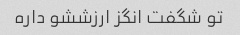
تو شگفت انگز ارزششو داره